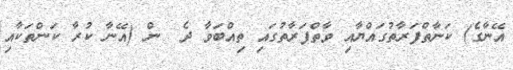
އޭނާގެ) ކަނާތްފަރާތުގައްޔާއި ވާތްފަރާތުގައި ތިއްބަވާ ދެ  ން (އޭނާ ކުރާ ކަންތަކާއި